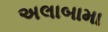
અલાબામા